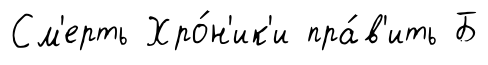
См'ерть Хро́н'ик'и пра́в'ить Б